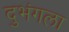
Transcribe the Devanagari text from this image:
दुभंगला